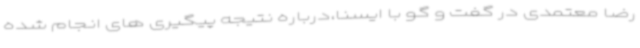
رضا معتمدی در گفت و گو با ایسنا،درباره نتیجه پیگیری های انجام شده